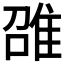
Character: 𲉪